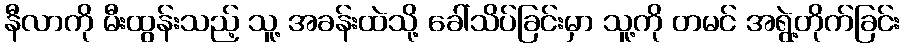
နီလာကို မီးထွန်းသည့် သူ့ အခန်းထဲသို့ ခေါ်သိပ်ခြင်းမှာ သူ့ကို တမင် အရွဲ့တိုက်ခြင်း